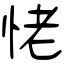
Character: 恅